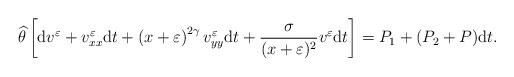
LaTeX: \begin{align*}\widehat\theta\left[{\rm d}v^\varepsilon+v^\varepsilon_{xx}{\rm d}t+\left(x+\varepsilon\right)^{2\gamma}v^\varepsilon_{yy}{\rm d}t+\frac{\sigma}{(x+\varepsilon)^2}v^\varepsilon{\rm d}t\right]= P_1+(P_2+P){\rm d}t.\end{align*}